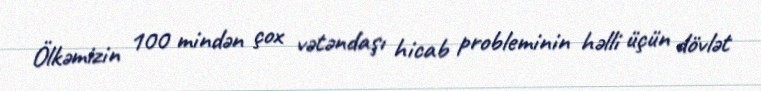
Ölkəmizin 100 mindən çox vətəndaşı hicab probleminin həlli üçün dövlət